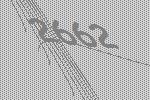
2662